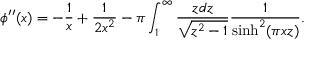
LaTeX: \phi ^ { \prime \prime } ( x ) = - \frac { 1 } { x } + \frac { 1 } { 2 x ^ { 2 } } - \pi \int _ { 1 } ^ { \infty } \frac { z d z } { \sqrt { z ^ { 2 } - 1 } } \frac { 1 } { \sinh ^ { 2 } ( \pi x z ) } .